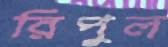
রিপুল